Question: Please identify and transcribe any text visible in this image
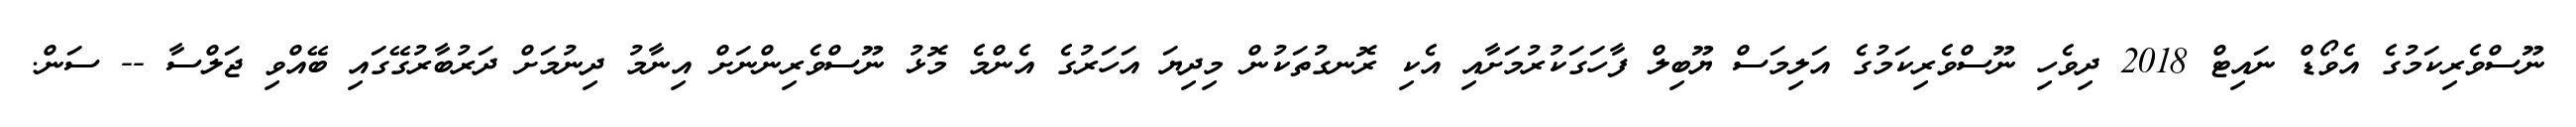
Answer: ނޫސްވެރިކަމުގެ އެވޯޑް ނައިޓް 2018 ދިވެހި ނޫސްވެރިކަމުގެ އަލިމަސް ޔޫބިލް ފާހަގަކުރުމަށާއި އެކި ރޮނގުތަކުން މިދިޔަ އަހަރުގެ އެންމެ މޮޅު ނޫސްވެރިންނަށް އިނާމު ދިނުމަށް ދަރުބާރުގޭގައި ބޭއްވި ޖަލްސާ -- ސަން.